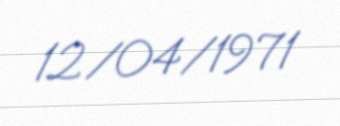
12/04/1971